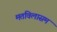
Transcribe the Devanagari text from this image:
मतविलासम